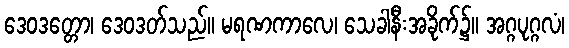
ဒေဝဒတ္တော၊ ဒေဝဒတ်သည်။ မရဏကာလေ၊ သေခါနီးအခိုက်၌။ အဂ္ဂပုဂ္ဂလံ၊